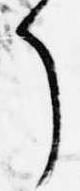
了